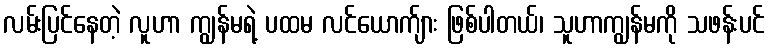
လမ်းပြင်နေတဲ့ လူဟာ ကျွန်မရဲ့ ပထမ လင်ယောက်ျား ဖြစ်ပါတယ်၊ သူဟာကျွန်မကို သဖန်းပင်